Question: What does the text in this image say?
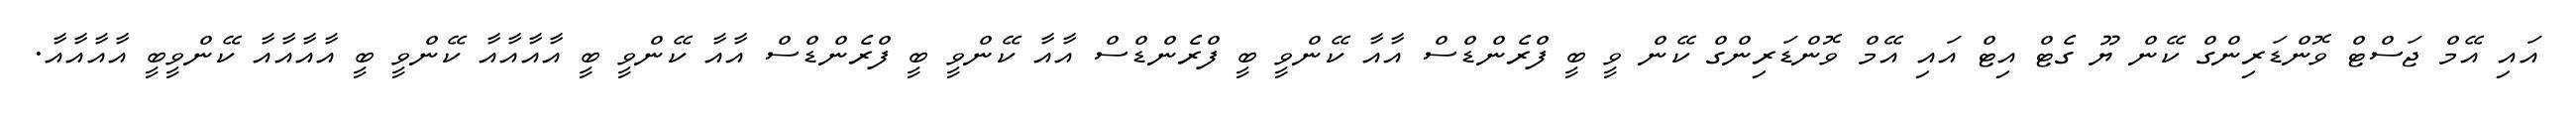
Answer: އައި އޭމް ޖަސްޓް ވޮންޑަރިންގް ކޭން ޔޫ ގެޓް އިޓް އައި އޭމް ވޮންޑަރިންގް ކޭން ވީ ބީ ފްރެންޑްސް އާއާ ކޭންވީ ބީ ފްރެންޑްސް އާއާ ކޭންވީ ބީ ފްރެންޑްސް އާއާ ކޭންވީ ބީ އާއާއާއާ ކޭންވީ ބީ އާއާއާއާ ކޭންވީބީ އާއާއާއާ.